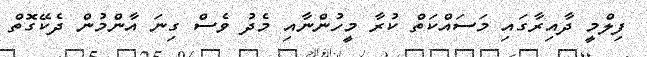
ފިލްމީ ދާއިރާގައި މަސައްކަތް ކުރާ މީހުންނާއި މެދު ވެސް ގިނަ އާންމުން ދެކޭގޮތް